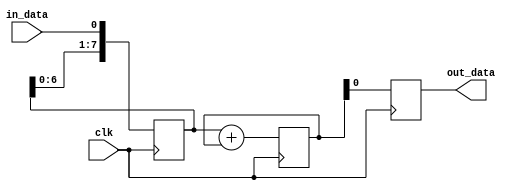
module ShiftAndAddRegister (
  input clk, // Clock input
  input in_data, // Data input
  output reg out_data // Data output
);

reg [7:0] shift_reg; // Shift register to store data
reg [7:0] feedback; // Feedback loop from adder output to shift register input

always @(posedge clk) begin
  // Shift register operation
  shift_reg <= {shift_reg[6:0], in_data};
  
  // Adder operation
  feedback <= shift_reg + feedback;
  
  // Output data
  out_data <= feedback;
end

endmodule